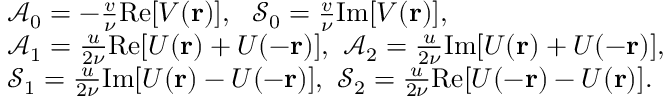
\begin{array} { r l } & { \mathcal { A } _ { 0 } = - \frac { v } { \nu } \mathrm { R e } [ V ( \mathbf { r } ) ] , \ \ \mathcal { S } _ { 0 } = \frac { v } { \nu } \mathrm { I m } [ V ( \mathbf { r } ) ] , } \\ & { \mathcal { A } _ { 1 } = \frac { u } { 2 \nu } \mathrm { R e } [ U ( \mathbf { r } ) + U ( - \mathbf { r } ) ] , \ \mathcal { A } _ { 2 } = \frac { u } { 2 \nu } \mathrm { I m } [ U ( \mathbf { r } ) + U ( - \mathbf { r } ) ] , } \\ & { \mathcal { S } _ { 1 } = \frac { u } { 2 \nu } \mathrm { I m } [ U ( \mathbf { r } ) - U ( - \mathbf { r } ) ] , \ \mathcal { S } _ { 2 } = \frac { u } { 2 \nu } \mathrm { R e } [ U ( - \mathbf { r } ) - U ( \mathbf { r } ) ] . } \end{array}